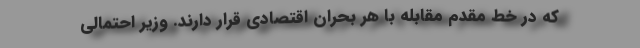
که در خط مقدم مقابله با هر بحران اقتصادی قرار دارند. وزیر احتمالی